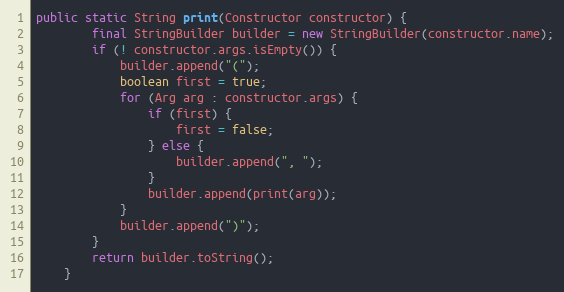
Language: Java
public static String print(Constructor constructor) {
        final StringBuilder builder = new StringBuilder(constructor.name);
        if (! constructor.args.isEmpty()) {
            builder.append("(");
            boolean first = true;
            for (Arg arg : constructor.args) {
                if (first) {
                    first = false;
                } else {
                    builder.append(", ");
                }
                builder.append(print(arg));
            }
            builder.append(")");
        }
        return builder.toString();
    }